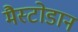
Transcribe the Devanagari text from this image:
मैस्टोडान